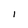
Character: I